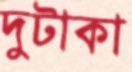
দুটাকা